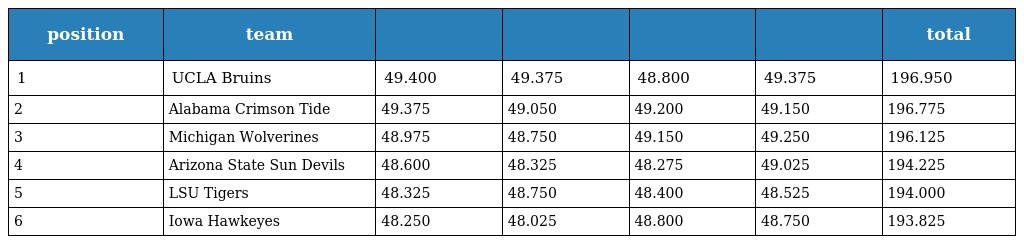
| position | team |  |  |  |  | total |
 | --- | --- | --- | --- | --- | --- | --- |
 | 1 | UCLA Bruins | 49.400 | 49.375 | 48.800 | 49.375 | 196.950 |
 | 2 | Alabama Crimson Tide | 49.375 | 49.050 | 49.200 | 49.150 | 196.775 |
 | 3 | Michigan Wolverines | 48.975 | 48.750 | 49.150 | 49.250 | 196.125 |
 | 4 | Arizona State Sun Devils | 48.600 | 48.325 | 48.275 | 49.025 | 194.225 |
 | 5 | LSU Tigers | 48.325 | 48.750 | 48.400 | 48.525 | 194.000 |
 | 6 | Iowa Hawkeyes | 48.250 | 48.025 | 48.800 | 48.750 | 193.825 |